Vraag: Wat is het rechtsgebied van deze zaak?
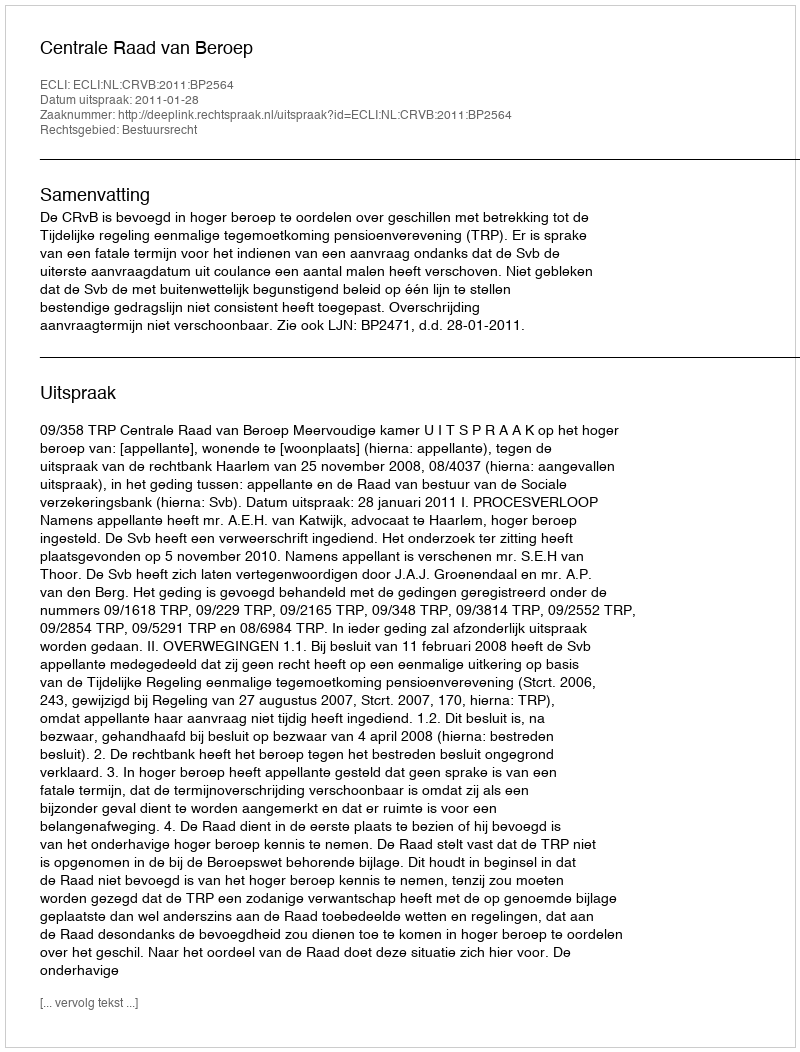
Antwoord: Bestuursrecht